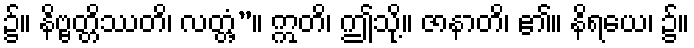
၌။ နိဗ္ဗတ္တိဿတိ၊ လတ္တံ့”။ ဣတိ၊ ဤသို့။ ဇာနာတိ၊ ၏။ နိရယေ၊ ၌။